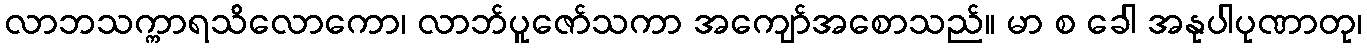
လာဘသက္ကာရသိလောကော၊ လာဘ်ပူဇော်သကာ အကျော်အစောသည်။ မာ စ ခေါ အနုပါပုဏာတု၊